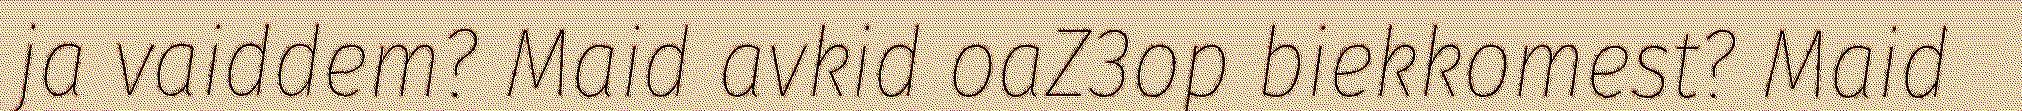
ja vaiddem? Maid avkid oaZ3op biekkomest? Maid